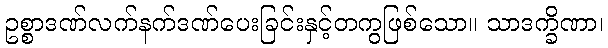
ဥစ္စာဒဏ်လက်နက်ဒဏ်ပေးခြင်းနှင့်တကွဖြစ်သော။ သာဒက္ခိဏာ၊